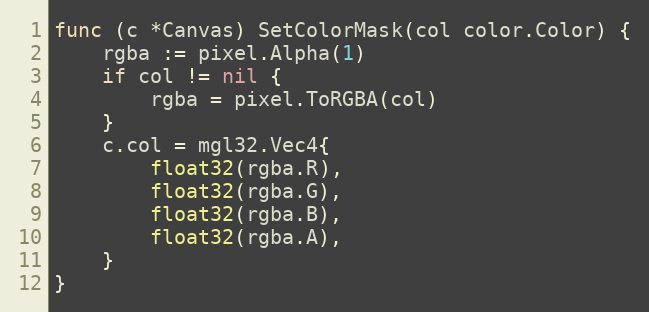
Language: Go
func (c *Canvas) SetColorMask(col color.Color) {
	rgba := pixel.Alpha(1)
	if col != nil {
		rgba = pixel.ToRGBA(col)
	}
	c.col = mgl32.Vec4{
		float32(rgba.R),
		float32(rgba.G),
		float32(rgba.B),
		float32(rgba.A),
	}
}